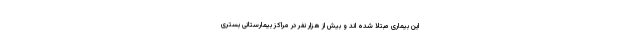
این بیماری مبتلا شده اند و بیش از هزار نفر در مراکز بیمارستانی بستری